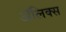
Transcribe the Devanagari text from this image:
ॲलिक्स